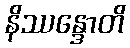
နိဿန္ဒောတိ